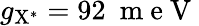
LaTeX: g_{\mathrm{{X^{*}}}}=92~\mathrm{~m~e~V~}